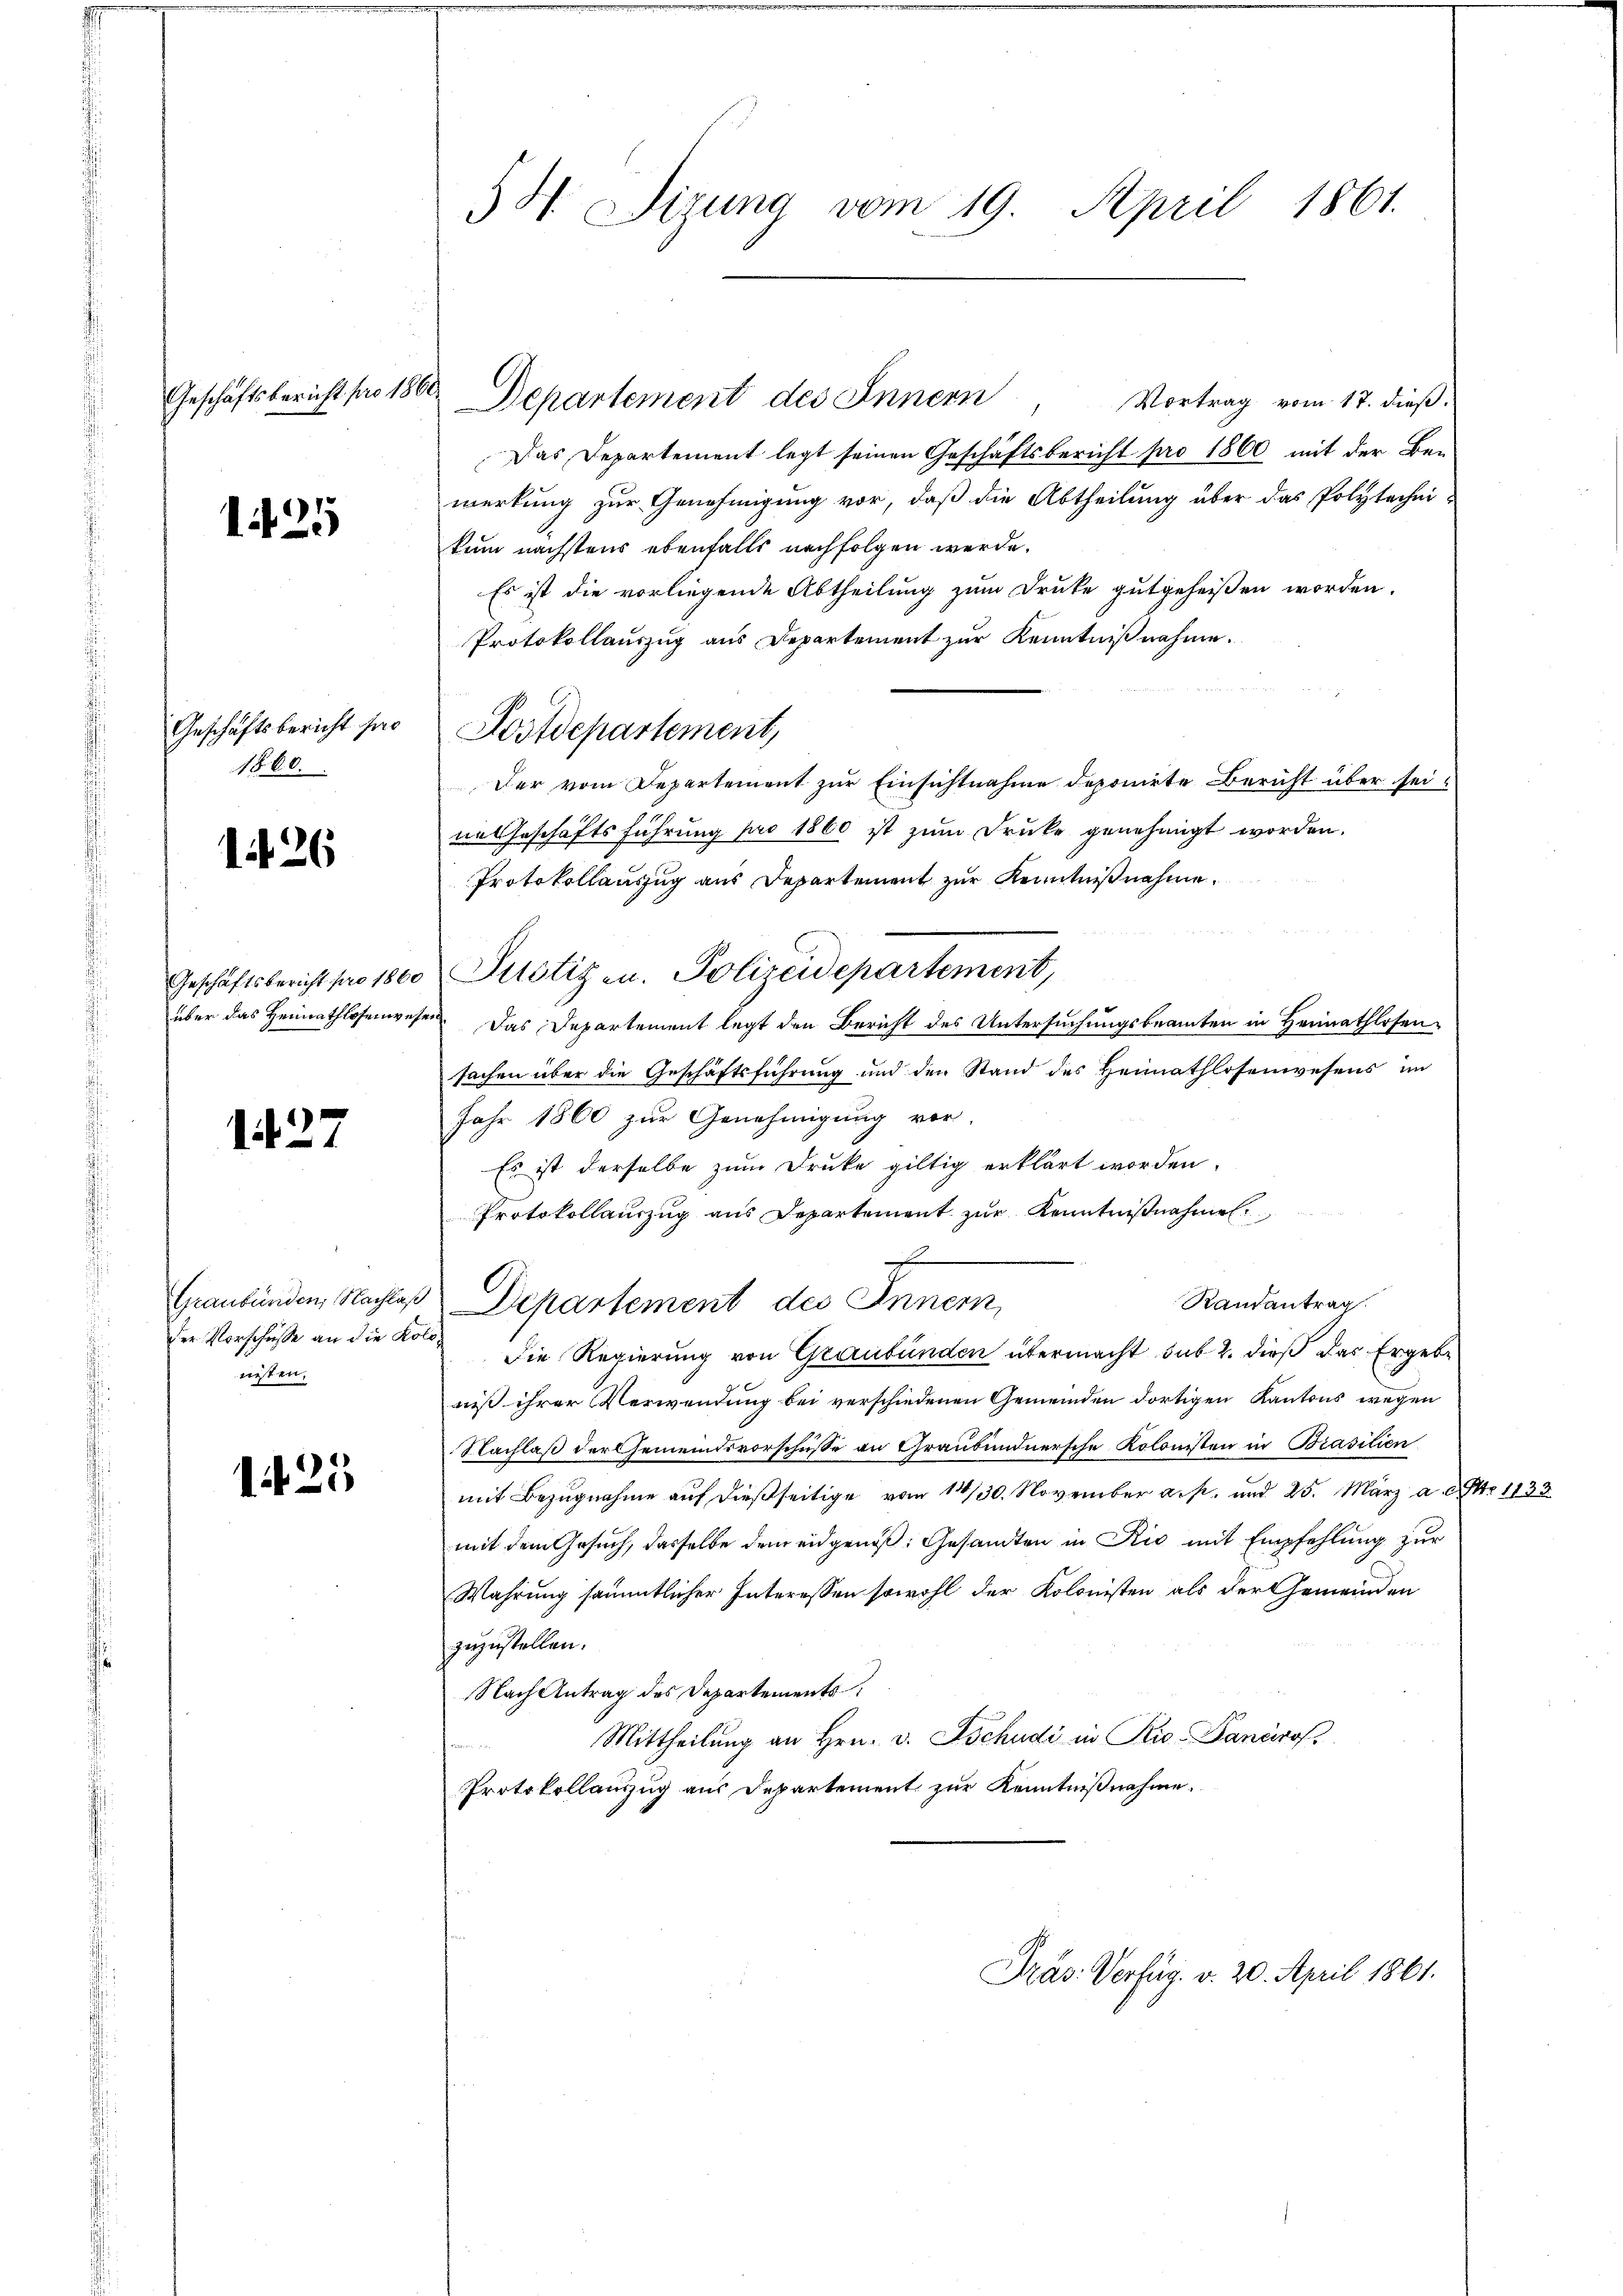
Geschäftsbericht pro 1860

1425

Geschäftsbericht pro
1860.

1 26

1427

der Vorschüsse an die Kolonisten.

125

5H Sizung vom 19. April 1861.

Departement des Innern

Vortrag vom 17. dieß.
Das Departement legt seinen Geschäftsbericht pro 1860 mit der Be-
merkung zur Genehmigung vor, daß die Abtheilung über das Polytechni-
kum nächstens ebenfalls nachfolgen werde.
Es ist die vorliegende Abtheilung zum Druke gutgeheißen worden.
Protokollauszug aus Departement zur Kenntniβnahme.
Der vom Departement zur Einsichtnahme deponirte Bericht über seine Geschäftsführung pro 1860 ist zum Druke genehmigt worden.
Protokollauszug aus Departement zur Kenntnißnahme.
über das Heimathlosenwesen. Das Departement legt den Bericht des Untersuchungsbeamten in Heimathlosensachen über die Geschäftsführung und den Stand des Heimathlosenwesens im
Jahr 1860 zur Genehmigung vor.
Es ist derselbe zum Druke giltig erklärt worden.
Protokollauszug aus Departement zur Kenntnißnahmen.
7
C
Randantrag
Graubünden, Nachlaß Departement des Innern
Die Regierung von Graubünden übermacht sub 2. dieß das Ergebe
niß ihrer Verwendung bei verschiedenen Gemeinden dortigen Kantons wegen
Nachlaß der Gemeindsvorschüße an Graubündnersche Kolonisten in Brasilien
mit Bezugnahme auf dießseitige vom 14/30. November a. p. und 25. März a. pr. 1133
mit dem Gesuch, dasselbe dem eidgenoß: Gesandten in Rio mit Empfehlung zur
Wahrung sämmtlicher Interessen sowohl der Kolonisten als der Gemeinden
zuzustellen.
Nach Antrag des Departements
Mittheilung an Hrn. v. Tschudi in Rio. Pancrof.
Protokollanzug aus Departement zur Kenntnißnahme.

Postdepartement,

Geschäftsbericht pro 1800 Pilotizen. Polizeidepartement,

Präs. Verfüg. v. 20. April 1861.